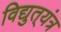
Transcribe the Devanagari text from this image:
विद्युत्‌यंत्र